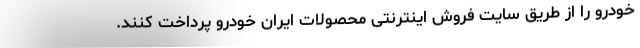
خودرو را از طریق سایت فروش اینترنتی محصولات ایران خودرو پرداخت کنند.